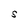
Character: S